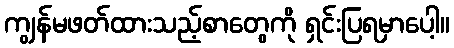
ကျွန်မဖတ်ထားသည့်စာတွေကို ရှင်းပြရမှာပေါ့။